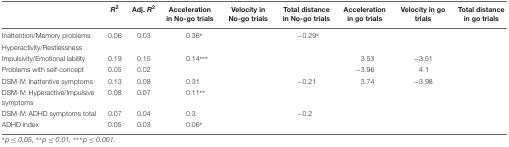
<table><thead><tr><td></td><td><b><i>R</i><sup>2</sup></b></td><td><b>Adj. <i>R</i><sup>2</sup></b></td><td><b>Acceleration in No-go trials</b></td><td><b>Velocity in No-go trials</b></td><td><b>Total distance in No-go trials</b></td><td><b>Acceleration in go trials</b></td><td><b>Velocity in go trials</b></td><td><b>Total distance in go trials</b></td></tr></thead><tbody><tr><td>Inattention/Memory problems</td><td>0.06</td><td>0.03</td><td>0.36*</td><td></td><td>-0.29*</td><td></td><td></td><td></td></tr><tr><td>Hyperactivity/Restlessness</td><td></td><td></td><td></td><td></td><td></td><td></td><td></td><td></td></tr><tr><td>Impulsivity/Emotional lability</td><td>0.19</td><td>0.15</td><td>0.14***</td><td></td><td></td><td>3.53</td><td>-3.51</td><td></td></tr><tr><td>Problems with self-concept</td><td>0.05</td><td>0.02</td><td></td><td></td><td></td><td>-3.96</td><td>4.1</td><td></td></tr><tr><td>DSM-IV: Inattentive symptoms</td><td>0.13</td><td>0.08</td><td>0.31</td><td></td><td>-0.21</td><td>3.74</td><td>-3.98</td><td></td></tr><tr><td>DSM-IV: Hyperactive/Impulsive symptoms</td><td>0.08</td><td>0.07</td><td>0.11**</td><td></td><td></td><td></td><td></td><td></td></tr><tr><td>DSM-IV: ADHD symptoms total</td><td>0.07</td><td>0.04</td><td>0.3</td><td></td><td>-0.2</td><td></td><td></td><td></td></tr><tr><td>ADHD index</td><td>0.05</td><td>0.03</td><td>0.06*</td><td></td><td></td><td></td><td></td><td></td></tr></tbody></table>